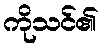
ကိုသင်၏